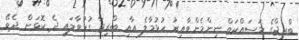
ބްރިޖްގެ މަސައްކަތް ނިންމެންވާއިރު ހުޅުމާލެ އާއި ބްރިޖާ ގުޅުވާލައި ދެ ކޮޅަށް ދެވޭ